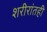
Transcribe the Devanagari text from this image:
शरीरांतही